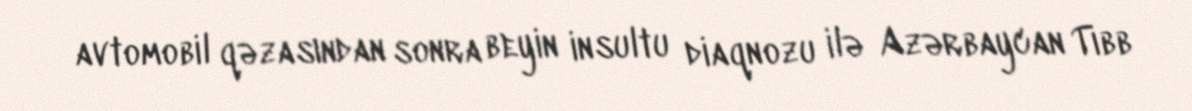
avtomobil qəzasından sonra beyin insultu diaqnozu ilə Azərbaycan Tibb